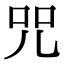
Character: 咒